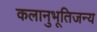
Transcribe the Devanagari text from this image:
कलानुभूतिजन्य